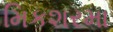
મિકશરમા